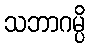
သဘာဂမ္ပိ